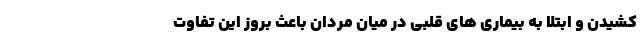
کشیدن و ابتلا به بیماری های قلبی در میان مردان باعث بروز این تفاوت